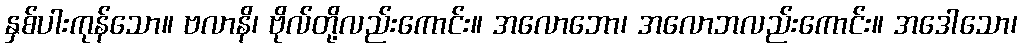
နှစ်ပါးကုန်သော။ ဗလာနိ၊ ဗိုလ်တို့လည်းကောင်း။ အလောဘော၊ အလောဘလည်းကောင်း။ အဒေါသော၊